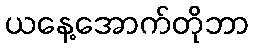
ယနေ့အောက်တိုဘာ